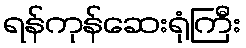
ရန်ကုန်ဆေးရုံကြီး